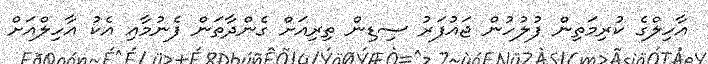
އާހިލްގެ ކުރިމަތިން ފުލުހުން ޖައުފަރު ސިޑިން ތިރިއަށް ގެންދާތަން ފެނުމާއި އެކު އާހިލްއަށް